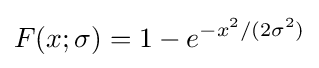
F(x;\sigma )=1-e^{-x^{2}/(2\sigma ^{2})}